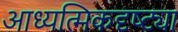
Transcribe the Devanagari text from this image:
आध्यत्मिकदृष्ट्या